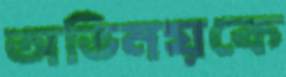
অভিনয়কে